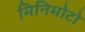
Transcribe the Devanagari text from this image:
मिनिमोटो